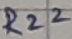
Text: R22